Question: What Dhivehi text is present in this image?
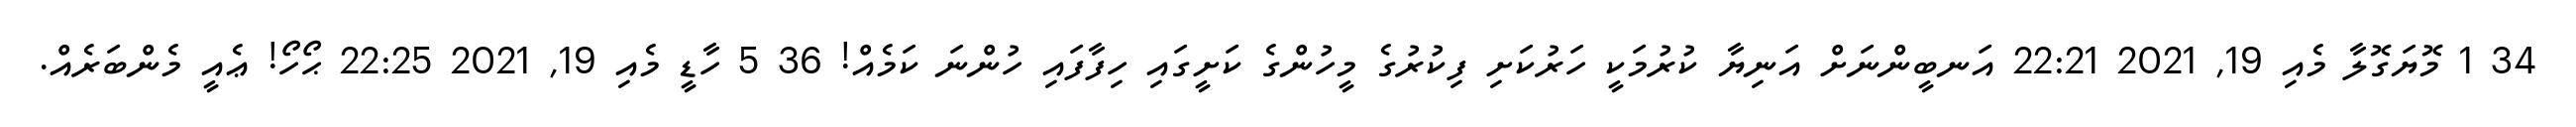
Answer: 34 1 މޮޔަގޮލާ މެއި 19, 2021 22:21 އަނބީންނަށް އަނިޔާ ކުރުމަކީ ހަރުކަށި ފިކުރުގެ މީހުންގެ ކަށީގައި ހިފާފައި ހުންނަ ކަމެއް! 36 5 ހާޑީ މެއި 19, 2021 22:25 ޙޯހޯ! ޢެއީ މެންބަރެއް.